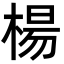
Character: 楊